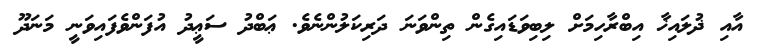
އާއި ޛުލައިޚާ އިބްރާހިމަށް ލިބިވަޑައިގެން ތިންވަނަ ދަރިކަލުންނެވެ. ޢަބްދު ސަޢީދު އުފަންވެފައިވަނީ މަނަދޫ